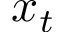
x _ { t }